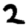
Digit: 2